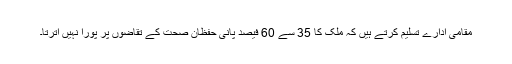
مقامی ادارے تسلیم کرتے ہیں کہ ملک کا 35 سے 60 فیصد پانی حفظانِ صحت کے تقاضوں پر پورا نہیں اترتا۔